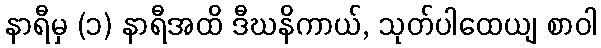
နာရီမှ (၁) နာရီအထိ ဒီဃနိကာယ်, သုတ်ပါထေယျ စာဝါ